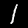
Label: 1